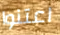
اعتنوا